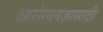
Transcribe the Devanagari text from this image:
आरोग्ययज्ञासाठी